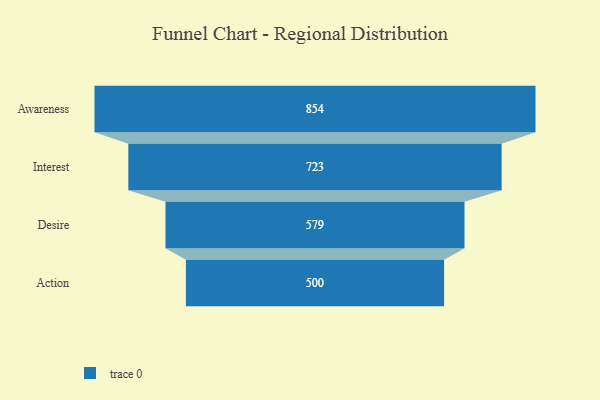
{"axis": {"x": "Stage", "y": "Value"}, "legend": [""], "data": [{"x": "Awareness", "y": 854.0, "type": ""}, {"x": "Interest", "y": 723.0, "type": ""}, {"x": "Desire", "y": 579.0, "type": ""}, {"x": "Action", "y": 500, "type": ""}]}